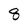
Character: 8